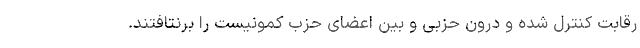
رقابت کنترل شده و درون حزبی و بین اعضای حزب کمونیست را برنتافتند.